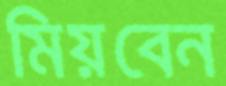
মিয়বেন